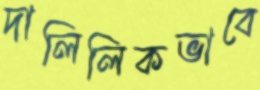
দালিলিকভাবে